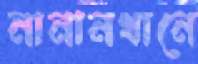
নানানখানে